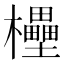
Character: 𣠠